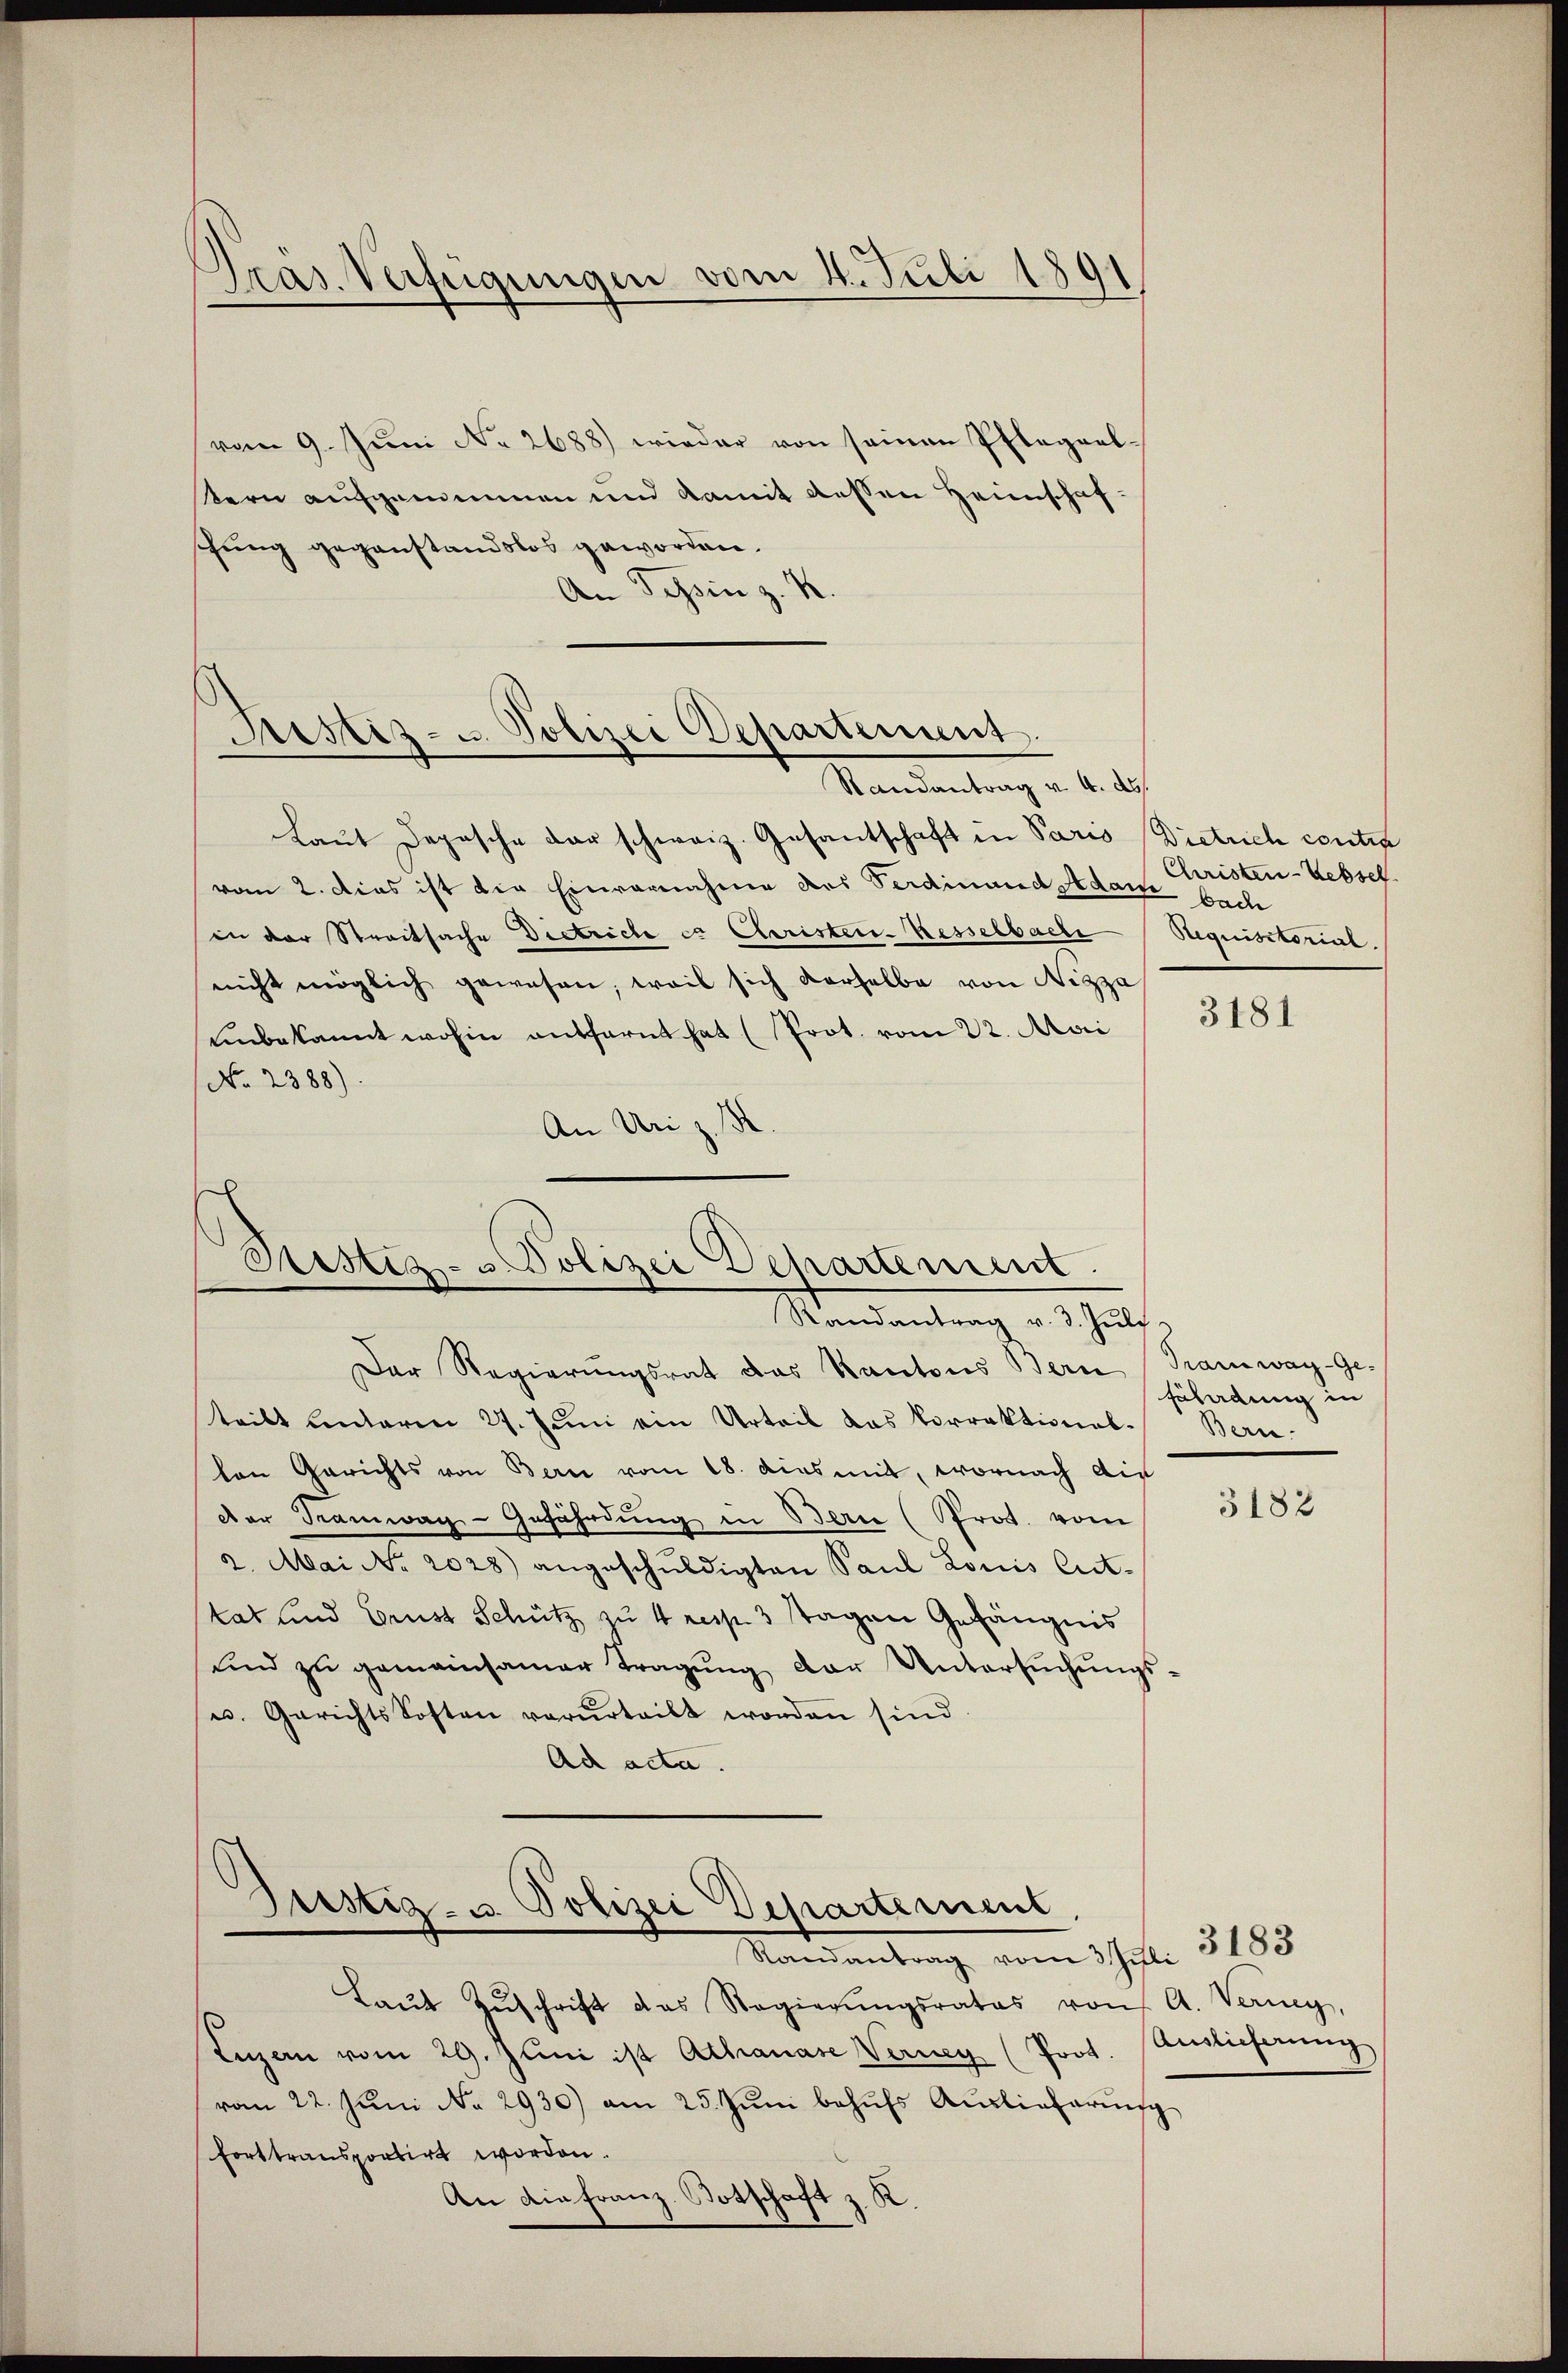
Pras. Verfügungen vom 4. Juli 1891

vom 9. Jŭni No 2688) wieder von seinen Pflegaalern aufgenominen und damit dessen Heimschafhung gegenstandslos geworden.
An Schin z. K

Laut Depesche der schweiz. Gesantschaft in Paris Dietrich contra
vom 2. Dies ist die Einvernahme des Verdinand Adack bache
in der Streitsache Dietricte et Cleristen-Kesselbache
nicht möglich gewesen, weil sich derselbe von Nizza
unbekannt wohin entfernt hat (Prot. vom 22. Mai
No. 2388).
An Uri z. B
¬

Justiz- u. Polizei Departement.
Mandantrag d. d. d.

Ristiz- & Polizei Departement.
Mandantung aus auf

Der Regierungsrat das Kantons Bern (Tramway-Ge-
teilt unterm 27. Juni ein Urteil das Vorrektional-Bern-
len Gerichts von Bern vom 18. dies mit, wornach die
Der Kamwag-Gefährdung in Beric (Prot. vom
2. Mai No 2028) angeschŭldigten Paul Louis Ent-
tat und Brust Schutz zu 4 resp. 3 Tagen Gefängnis
sind zŭ gemeinsamer Tragŭng der Untersŭchŭngs-
u. Gerichts Sosten verurteilt worden sind.
Ad acta.

Justiz- u. Polizei Departement
Mandantrag vom Schaftli

Christen-Uebsch
Requisitorial.

Laŭt Zŭschrift das Regierŭngsrates von A. Verney,
Luzern vom 29. Juni ist Athanase Verney (Prot.
vom 22. Jŭni No 2930) am 25. Jŭni behŭfs Auslieferung
forttransportirt worden.
An die Franz-Botschaft z. K.

3181

Eüladung in

3182

3183
Auslieferung